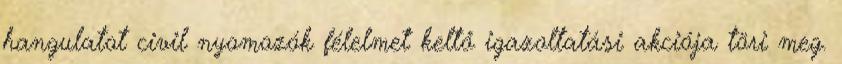
hangulatot civil nyomozók félelmet keltő igazoltatási akciója töri meg.